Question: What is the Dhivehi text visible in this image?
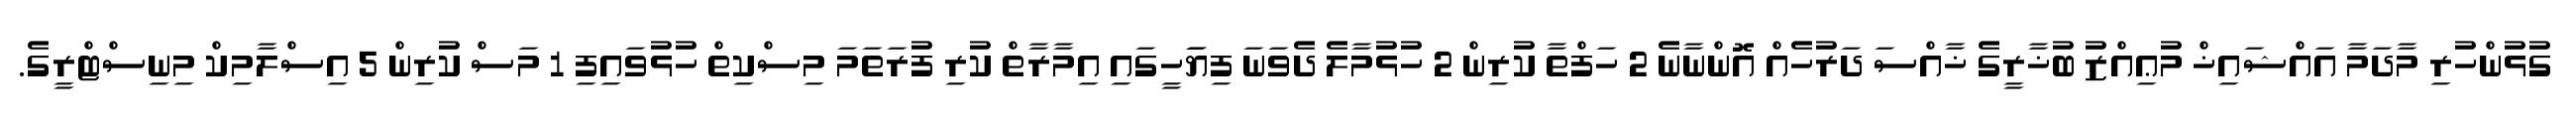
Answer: ގުޅުންހުރި މާދަމާ އައްޝައިޚް މުޢިއްޒު ބުޚާރީގެ ޚާއްސަ ދަރުހެއް އޮންނާނެ 2 ހަފްތާ ކުރިން 2 ހުޅުމާލެ ދެވަނަ ފިޔަަހީގައި އިމާރާތް ކުރި ފުރަތަމަ މިސްކިތް ހުޅުވައިފި 1 މަސް ކުރިން 5 އިސްލާމިކް މިނިސްޓްރީގެ.